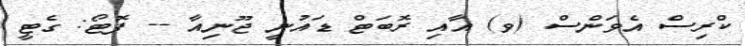
ކްރިސް އެވަންސް (ވ) އާއި ރޮބަޓް ޑައުނީ ޖޫނިއާ -- ފޮޓޯ: ގެޓީ